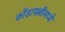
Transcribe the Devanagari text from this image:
कोंडापल्लीमध्ये